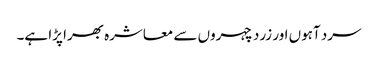
سرد آہوں اور زرد چہروں سے معاشرہ بھرا پڑا ہے۔